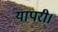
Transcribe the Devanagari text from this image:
यापरी।